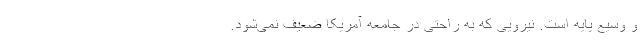
و وسیع پایه است. نیرویی که به راحتی در جامعه آمریکا ضعیف نمی‌شود.